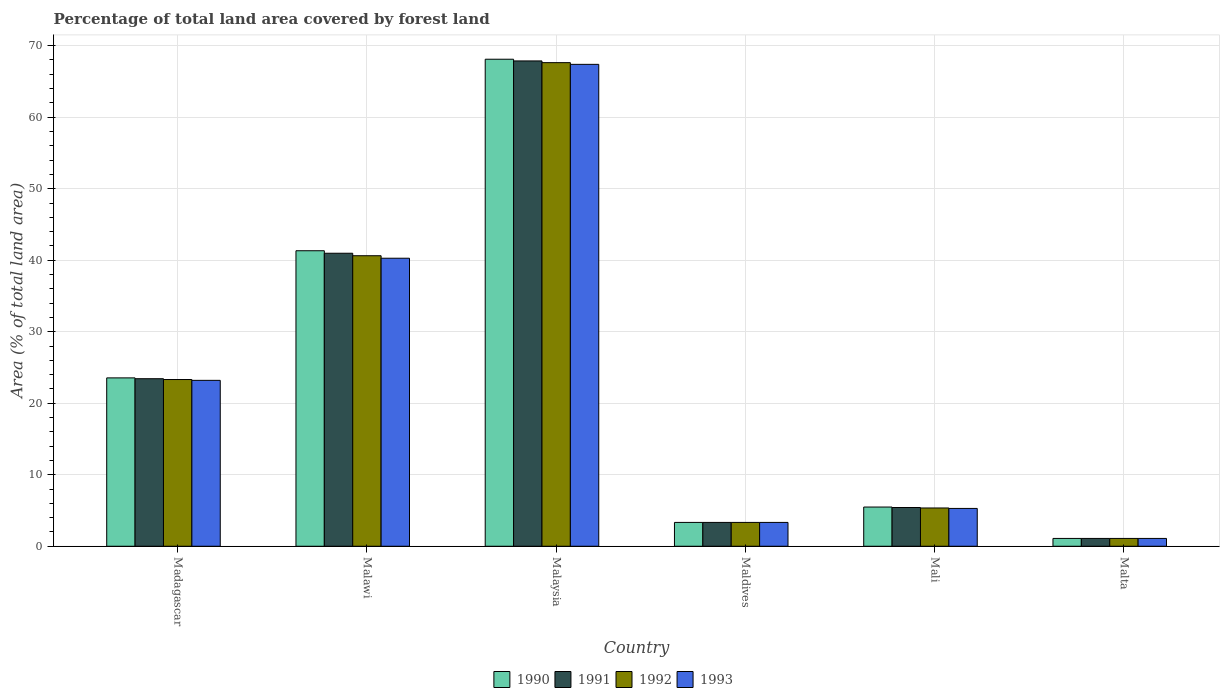
| Country | 1990 | 1991 | 1992 | 1993 |
 | --- | --- | --- | --- | --- |
 | Madagascar | 23.5 | 23.4 | 23.3 | 23.2 |
 | Malawi | 41.3 | 41 | 40.6 | 40.3 |
 | Malaysia | 68.1 | 67.9 | 67.6 | 67.4 |
 | Maldives | 3.33 | 3.33 | 3.33 | 3.33 |
 | Mali | 5.48 | 5.42 | 5.35 | 5.29 |
 | Malta | 1.09 | 1.09 | 1.09 | 1.09 |